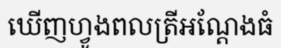
ឃើញហ្វូងពលត្រីអណ្តែងធំ